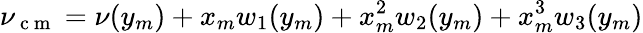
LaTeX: \nu_{\mathrm{~c~m~}}=\nu(y_{m})+x_{m}w_{1}(y_{m})+x_{m}^{2}w_{2}(y_{m})+x_{m}^{3}w_{3}(y_{m})